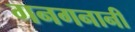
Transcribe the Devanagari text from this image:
गनगनानी